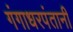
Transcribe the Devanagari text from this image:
गंगाधरपंतानी